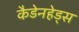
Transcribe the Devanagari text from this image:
कैडेनहेड्स